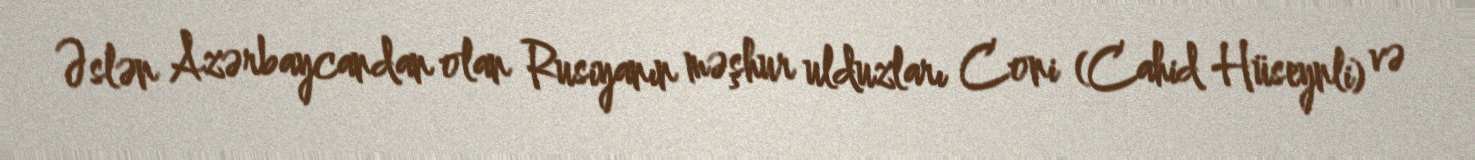
Əslən Azərbaycandan olan Rusiyanın məşhur ulduzları Coni (Cahid Hüseynli) və